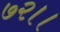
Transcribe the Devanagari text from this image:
७२।।